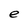
Character: e